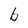
Character: b